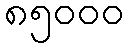
၈၅၀၀၀